Madras plague regulations and rules for district municipalities and other towns and villages
Disease focus: Plague
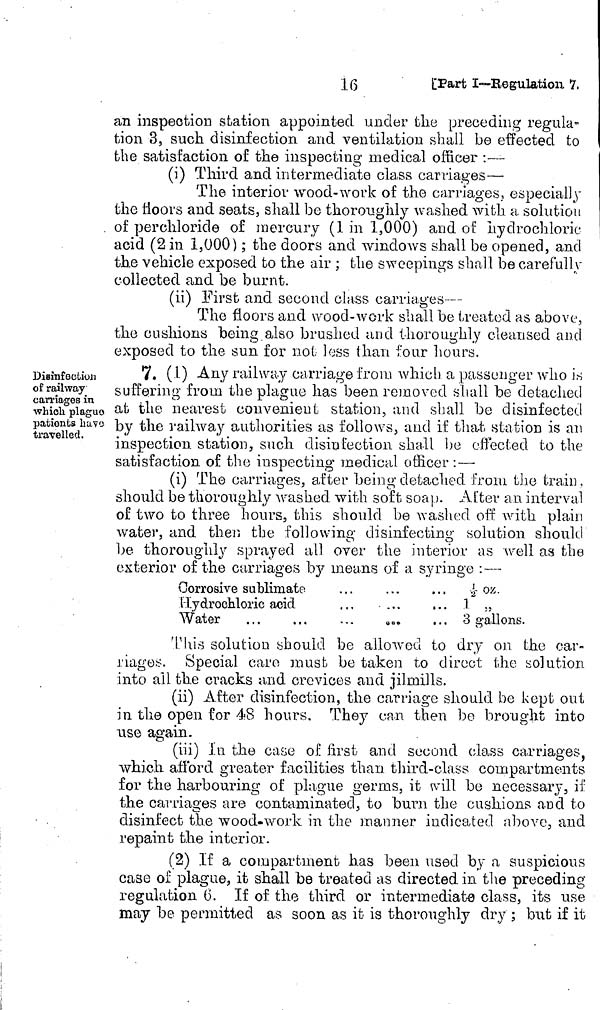
16
[Part I—Regulation 7,
an inspection station appointed under the preceding regula-
tion 3, such disinfection and ventilation shall be effected to
the satisfaction of the inspecting medical officer :—
(i) Third and intermediate class carriages—
The interior wood-work of the carriages, especially
the floors and seats, shall be thoroughly washed with a solution
of perchloride of mercury (1 in 1,000) and oí: hydrochloric-
acid (2 in 1,000) ; the doors and windows shall be opened, and
the vehicle exposed to the air ; the sweepings shall be carefully
collected and be burnt.
(ii) First and second class carriages—
The floors and wood-work shall be treated as above,
the cushions being also brushed and thoroughly cleansed and
exposed to the sun for not loss than four hours.
Disinfection
of railway
carriages in
which plaguo
patients liavo
travelled.
7. (1) Any railway carriage from which a passenger who is
suffering from the plague has been removed shall be detached
at the nearest convenient station, and shall be disinfected
by the railway authorities as follows, and if that station is an
inspection station, such disinfection shall be effected to the
satisfaction of the inspecting medical officer :—
(i) The carriages, after being detached from the train,
should be thoroughly washed with soft soap. After an interval
of two to three hours, this should be washed off with plain
water, and then the following disinfecting solution should
be thoroughly sprayed all over the interior as well as the
exterior of the carriages by means of a s.yringe :—
Corrosive sublimate
llydroohloric acid
Water
» • •
. . .
...
3 gallons.
This solution should be allowed to dry on the car-
riages. Special care must be taken to direct the solution
into all the cracks and crevices and jilmills.
(ii) After disinfection, the carriage should be kept out
in the open Cor 48 hours. They can then be brought into
use again.
(iii) In the case of first and second class carriages,
which afford greater facilities than third-class compartments
for the harbouring of plague germs, it will be necessary, if
the carriages are contaminated, to burn the cushions and to
disinfect the wood-work in the manner indicated above, and
repaint the interior.
(2) If a compartment has been used by a suspicious
case of plague, it shall be treated as directed in the preceding
regulation 6. If of the third or intermediate class, its use
may be permitted as soon as it is thoroughly dry ; but if it